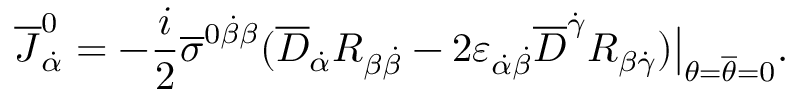
\overline { { J } } _ { \dot { \alpha } } ^ { 0 } = - { \frac { i } { 2 } } \overline { { \sigma } } ^ { 0 \dot { \beta } \beta } ( \overline { { D } } _ { \dot { \alpha } } R _ { \beta \dot { \beta } } - 2 \varepsilon _ { \dot { \alpha } \dot { \beta } } \overline { { D } } ^ { \dot { \gamma } } R _ { \beta \dot { \gamma } } ) \bigr | _ { \theta = \overline { { \theta } } = 0 } .